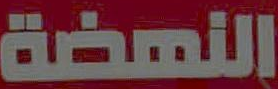
النهضة